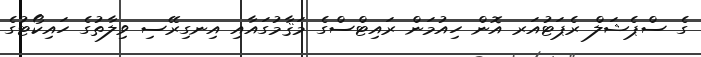
ގެ ސްޕެޝަލް ރެޕަޓުއަރ އޮން ހިއުމަން ރައިޓްސްގެ މަޤާމުގައާއި އިނގިރޭސި ވިލާތުގެ ހައިކޯޓުގެ